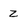
Character: z